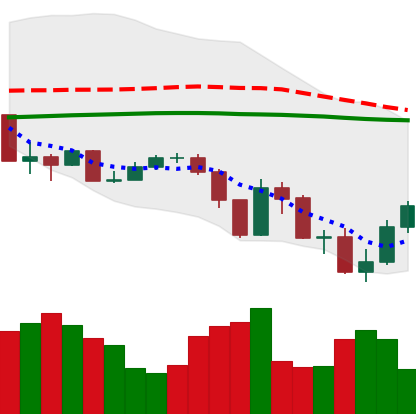
Ticker: XLM-USD
Chart end date: 2019-07-19
Forward return: -8.282%
Label: down_7plus